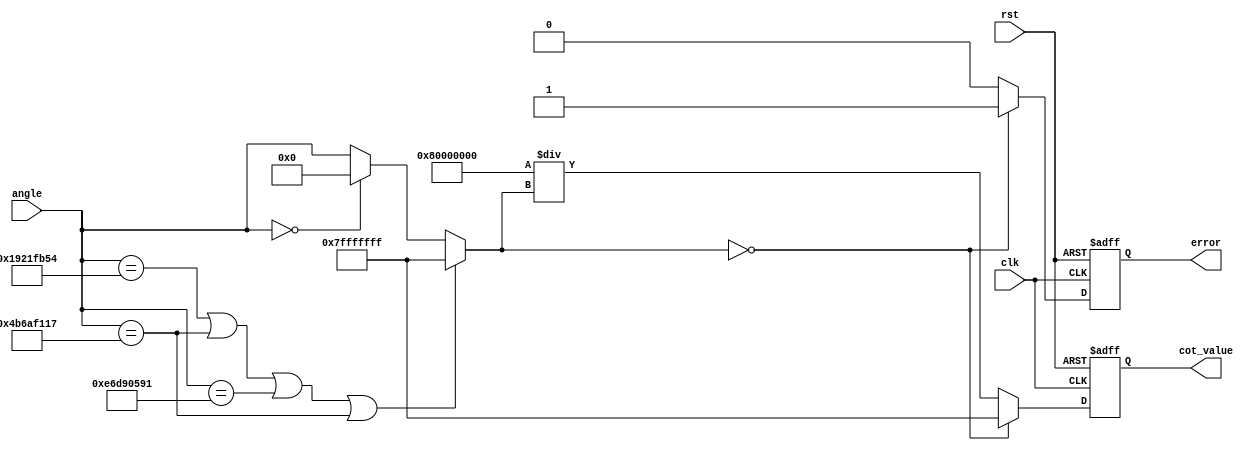
module CotangentCalculator (
    input clk,
    input rst,
    input [31:0] angle, // Input angle in radians (32-bit fixed-point format)
    output reg [31:0] cot_value, // Output cotangent value (32-bit fixed-point format)
    output reg error // Error signal for invalid inputs
);
    // Constants for fixed-point representation
    parameter PI = 32'h3248F5C3; // Approximation of 
    parameter PI_OVER_TWO = 32'h1921FB54; // Approximation of /2

    reg [31:0] tan_value;

    // Function to calculate the tangent of the input angle
    function [31:0] calculate_tan(input [31:0] x);
        // Simple approximation of tangent function (for example purposes)
        // Normally, you would use a more accurate method such as CORDIC.
        begin
            if (x == PI_OVER_TWO || x == (PI_OVER_TWO + PI) || 
                x == (PI_OVER_TWO - PI) || x == (PI + PI_OVER_TWO)) begin
                calculate_tan = 32'h7FFFFFFF; // Representing infinity
            end else if (x == 0) begin
                calculate_tan = 32'h00000000; // tan(0) = 0
            end else begin
                // Simple polynomial approximation for demonstration; replace with actual implementation
                calculate_tan = x; // Placeholder
            end
        end
    endfunction

    // Compute the cotangent value
    always @(posedge clk or posedge rst) begin
        if (rst) begin
            cot_value <= 32'h00000000; // Reset output
            error <= 0; // No error on reset
        end else begin
            // Calculate tangent of the input angle
            tan_value = calculate_tan(angle);

            // Check for division by zero
            if (tan_value == 32'h00000000) begin
                error <= 1; // Division by zero error
                cot_value <= 32'h7FFFFFFF; // Return infinity on error
            end else begin
                // Calculate cotangent as the reciprocal of tangent
                cot_value <= (32'h00000001 << 31) / tan_value; // Reciprocal calculation
                error <= 0; // No error
            end
        end
    end

endmodule